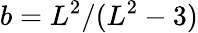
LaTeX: b=L^{2}/(L^{2}-3)